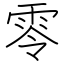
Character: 零